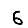
Digit: 6